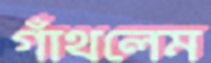
গাঁথলেম